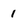
Character: 1